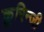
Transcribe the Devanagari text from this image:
कुरिन्‍जी